Reports on military cantonments and civil stations in the Presidency of Bombay inspected by the Sanitary Commissioner in the years 1875 and 1876
Year: 1875
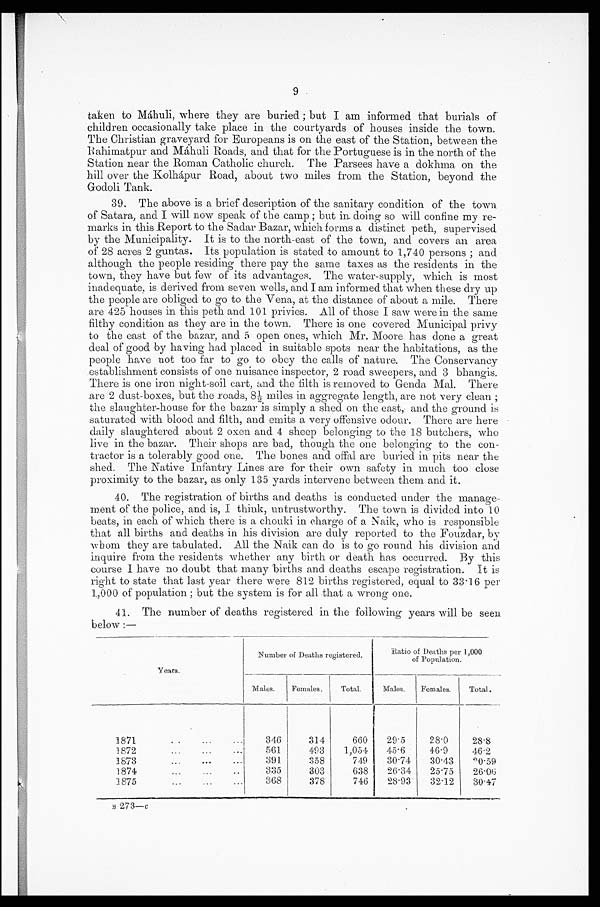
9
taken to Máhuli, where they are buried; but I am informed that burials of
children occasionally take place in the courtyards of houses inside the town.
The Christian graveyard for Europeans is on the east of the Station, between the
Rahimatpur and Máhuli Roads, and that for the Portuguese is in the north of the
Station near the Roman Catholic church. The Parsees have a dokhma on the
hill over the Kolhápur Road, about two miles from the Station, beyond the
Godoli Tank.
39. The above is a brief description of the sanitary condition of the town
of Satara, and I will now speak of the camp; but in doing so will confine my re
-marks in this Report to the Sadar Bazar, which forms a distinct peth, supervised
by the Municipality. It is to the north-east of the town, and covers an area
of 28 acres 2 guntas. Its population is stated to amount to 1,740 persons; and
although the people residing there pay the same taxes as the residents in the
town, they have but few of its advantages. The water-supply, which is most
inadequate, is derived from seven wells, and I am informed that when these dry up
the people are obliged to go to the Vena, at the distance of about a mile. There
are 425 houses in this peth and 101 privies. All of those I saw were in the same
filthy condition as they are in the town. There is one covered Municipal privy
to the east of the bazar, and 5 open ones, which Mr. Moore has done a great
deal of good by having had placed in suitable spots near the habitations, as the
people have not too far to go to obey the calls of nature. The Conservancy
establishment consists of one nuisance inspector, 2 road sweepers, and 3 bhangis.
There is one iron night-soil cart, and the filth is removed to Genda Mal. There
are 2 dust-boxes, but the roads, 8½ miles in aggregate length, are not very clean;
the slaughter-house for the bazar is simply a shed on the east, and the ground is
saturated with blood and filth, and emits a very offensive odour. There are here
daily slaughtered about 2 oxen and 4 sheep belonging to the 18 butchers, who
live in the bazar. Their shops are bad, though the one belonging to the con
-tractor is a tolerably good one. The bones and offal are buried in pits near the
shed. The Native Infantry Lines are for their own safety in much too close
proximity to the bazar, as only 135 yards intervene between them and it.
40. The registration of births and deaths is conducted under the manage
- m e n t o f t h e p o l i c e , a n d i s , I t h i n k , u n t r u s t w o r t h y . T h e t o w n i s d i v i d e d i n t o 1 0
beats, in each of which there is a chouki in charge of a Naik, who is responsible
that all births and deaths in his division are duly reported to the Fouzdar, by
whom they are tabulated. All the Naik can do is to go round his division and
inquire from the residents whether any birth or death has occurred. By this
course I have no doubt that many births and deaths escape registration. It is
right to state that last year there were 812 births registered, equal to 33.16 per
1,000 of population; but the system is for all that a wrong one.
41. The number of deaths registered in the following years will be seen
below:—
Years.
Number of Deaths registered.
Ratio of Deaths per
1,000 of Population.
Males.
Females.
Total.
Males.
Females.
Total.
1871 . . .
346
314
660
29.5
28.0
28.8
1872 . . .
561
493
1,054
45.6
46.9
46.2
1 8 7 3 . . .
391
358
749
30.74
30.43
20.59
1874 . . .
335
303
638
26.34
25.75
26.06
1875 . . .
368
378
746
28.93
32.12
30.47
B 273—c